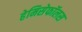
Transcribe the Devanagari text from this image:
हेमिसेफॉलस